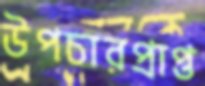
উপচারপ্রাপ্ত